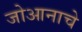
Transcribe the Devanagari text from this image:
जोआनाचे